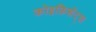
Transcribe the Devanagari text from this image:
कोइफ़िशेंट्स